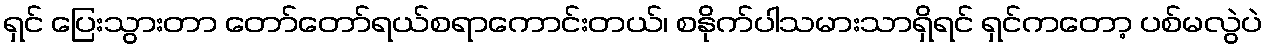
ရှင် ပြေးသွားတာ တော်တော်ရယ်စရာကောင်းတယ်၊ စနိုက်ပါသမားသာရှိရင် ရှင်ကတော့ ပစ်မလွဲပဲ